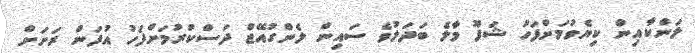
ލަންކާއިން ކިޔެވުމަށްފަހު ޝަފޫ މާލެ ބަދަލުވެ ސައިން ލެންގުއޭޖް ދަސްކުރުމަށްފަހު އުފަން ރަށަށް